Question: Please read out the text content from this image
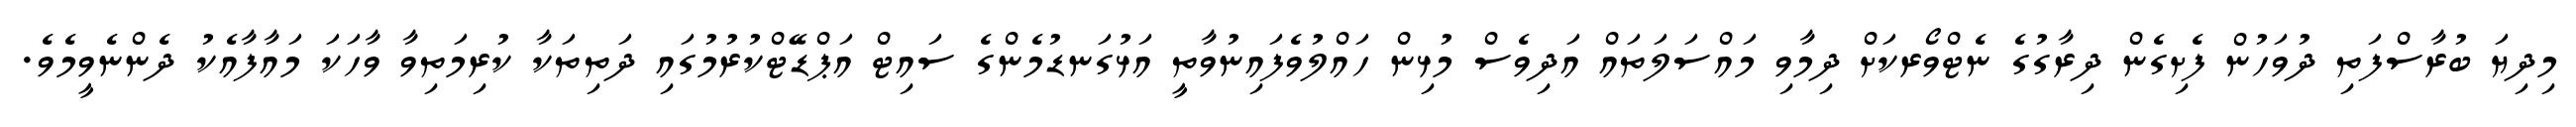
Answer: މިދިޔަ ބުރާސްފަތި ދުވަހުން ފެށިގެން ދިރާގުގެ ނެޓްވޯރކަށް ދިމާވި މައްސަލަތައް އަދިވެސް މުޅިން ހައްލުވެފައިނުވާތީ އަޅުގަނޑުމެންގެ ސައިޓް އަޕްޑޭޓްކުރުމުގައި ދަތިތަކާ ކުރިމަތިވާ ވާހަކަ މައާފާއެކު ދެންނެވީމެވެ.